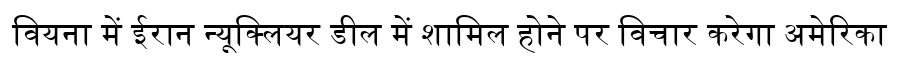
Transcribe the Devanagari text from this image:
वियना में ईरान न्यूक्लियर डील में शामिल होने पर विचार करेगा अमेरिका